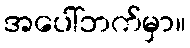
အပေါ်ဘက်မှာ။